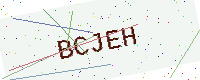
Text: BCJEH